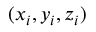
( x _ { i } , y _ { i } , z _ { i } )